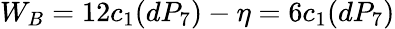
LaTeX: W_{B}=12c_{1}(dP_{7})-\eta=6c_{1}(dP_{7})